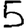
Digit: 5